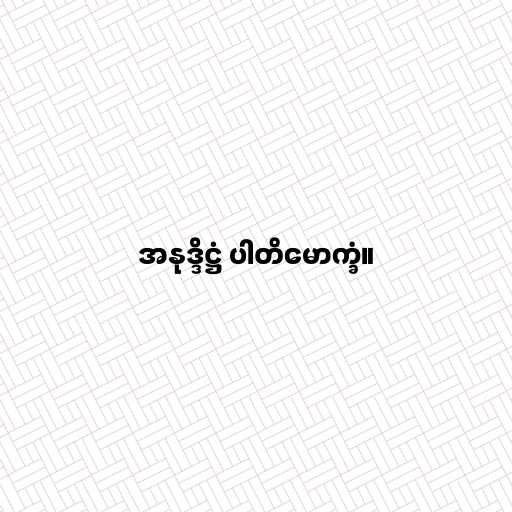
အနုဒ္ဒိဋ္ဌံ ပါတိမောက္ခံ။